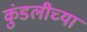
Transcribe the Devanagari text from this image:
कुंडलीच्या